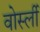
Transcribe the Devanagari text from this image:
वोर्स्ली